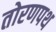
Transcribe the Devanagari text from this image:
तोरणपथ